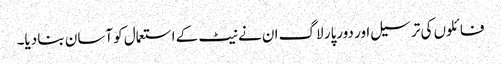
فائلوں کی ترسیل اور دورپار لاگ ان نے نیٹ کے استعمال کو آسان بنا دیا۔